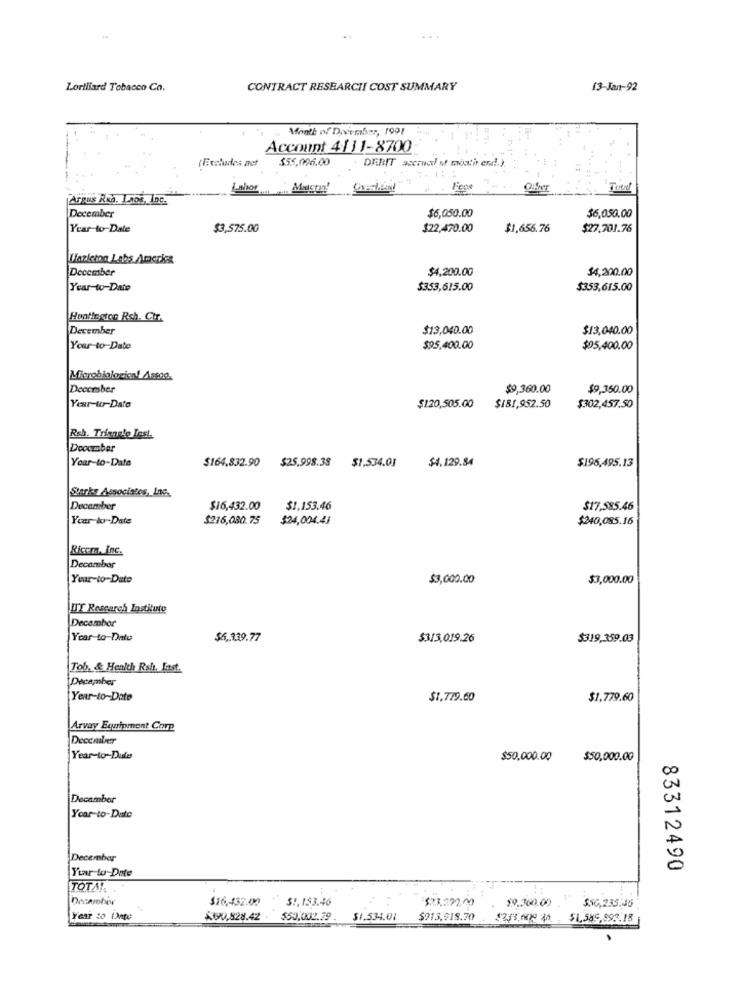
Lortliard Tobacco Co.
CONTRACT RESEARCHI COST SUMMARY
13-Jan-92
Month of Daveember, 1991
Account 4131-8700
$55,096.00
. DEBIT accrucd of months end !. ).
( Excludes net
Fone
Argus Rka, Laos, Inc.
$6,050.00
$6,050.00
December
Year-to-Date
$3,575.00
$22,470.00
$1,656.76
$27.701.76
Ilazkion Labs America
December
$4,200.00
$4,200.00
Year-to-Date
$353,615.00
$353,615.00
Huntington Rsh. Chr.
December
$13,040.00
$13,040.00
Your-to-Date
$95,400.00
$05,400.00
December
$9,360.00
$9,350.00
Year-to-Date
$120,505.00
$181,952.50
$302,457.50
Rsh. Triangle Jest.
Dooamber
Your-to-Date
$25,998.38
$1,534.01
$4.129.84
$195,495.13
$164,832.90
Starks Associates, Inc.
December
$16,432.00
$1,153.46
$17,585.46
Year-to-Date
$216,080.75
$24,004.41
$240,085.16
Riccm, Inc.
Decambor
Year-to-Date
$3,000.00
$3,000.00
UIT Research Institute
December
Year-to-Dato
$6,339.77
$3/3,019.26
$319,359.03
Tob. & Health Rsh. Inst.
December
Year-to-Date
$1,779.60
$1,779.60
Arvay Equipment Core
Year-to-Dules
$50,000.00
$50,000.00
00
December
Year-to-Date
December
Year to-Date
0
83312490
TOTA !.
Decercher
$16.432.00
S !, 153.46
$23.292,00
$9.360.00
$50,235:46
Year to Date
$190,828.42
$50,002.79 -
$1.534.01
$913,918.70